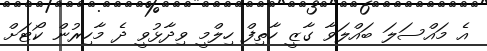
އެ މައްސަލަ ބައްލަވާ ގާޒީ ހާތިފް ހިލްމީ ވިދާޅުވީ ދެ މާހިރުން ކޯޓަށް